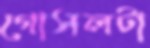
গোসলটা